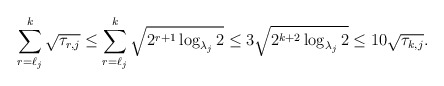
\begin{align*}\sum_{r=\ell_j}^k \sqrt{\tau_{r,j}}\leq \sum_{r=\ell_j}^k \sqrt{2^{r+1} \log_{\lambda_j} 2}\leq3 \sqrt{2^{k+2}\log_{\lambda_j} 2}\leq 10\sqrt{\tau_{k,j}}.\end{align*}